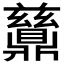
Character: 𬹪